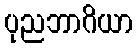
ပုညဘာဂိယာ